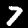
Digit: 7